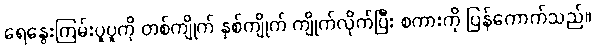
ရေနွေးကြမ်းပူပူကို တစ်ကျိုက် နှစ်ကျိုက် ကျိုက်လိုက်ပြီး စကားကို ပြန်ကောက်သည်။